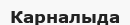
Карналыда